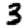
Digit: 3